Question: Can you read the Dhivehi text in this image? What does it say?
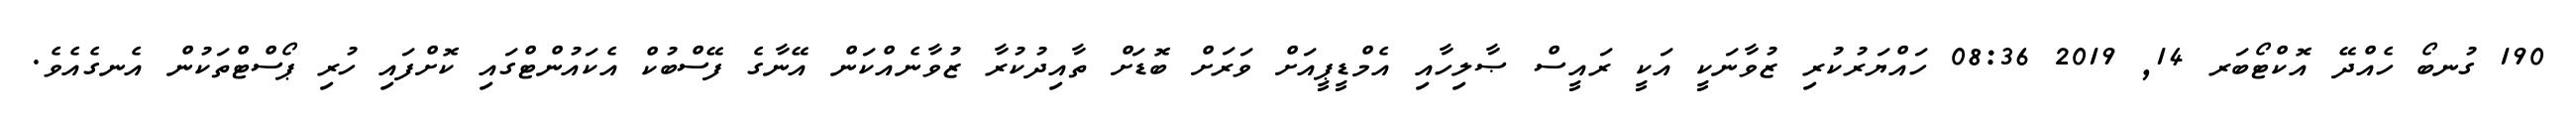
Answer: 190 ގުނބޯ ހެއްދޭ އޮކްޓޯބަރ 14, 2019 08:36 ހައްޔަރުކުރި ޒުވާނަކީ އަކީ ރައީސް ޞާލިހާއި އެމްޑީޕީއަށް ވަރަށް ބޮޑަށް ތާއިދުކުރާ ޒުވާނެއްކަން އޭނާގެ ފޭސްބުކް އެކައުންޓްގައި ކޮށްފައި ހުރި ޕޯސްޓްތަކުން އެނގެއެވެ.